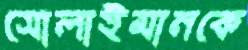
সোলাইমানকে